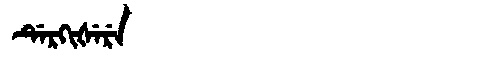
Manchu: ᡩᡝᡵᡴᡳᡧᡝᡵᡝ
Romanization: DERKIŠERE